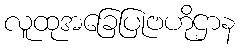
လူထုအခြေပြုဗဟိုဌာန